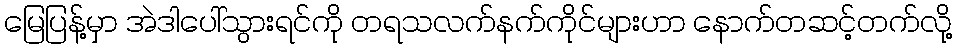
မြေပြန့်မှာ အဲဒါပေါ်သွားရင်ကို တရသလက်နက်ကိုင်များဟာ နောက်တဆင့်တက်လို့